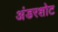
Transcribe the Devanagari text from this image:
अंडरशोट